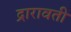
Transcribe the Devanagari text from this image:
द्रारावती